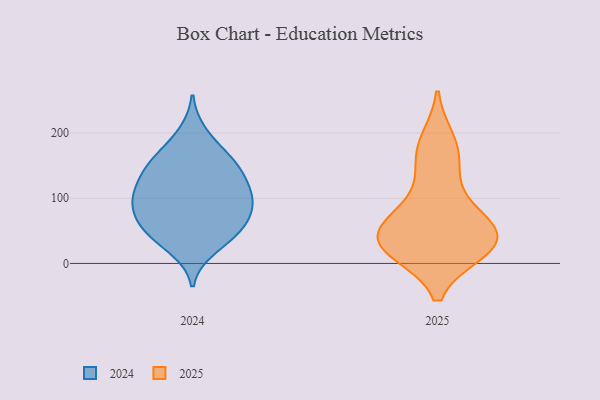
{"axis": {"x": "Conversion Rate (%)", "y": "Value"}, "legend": ["2024", "2025"], "data": [{"x": "", "y": 173, "type": "2024"}, {"x": "", "y": 99, "type": "2024"}, {"x": "", "y": 124, "type": "2024"}, {"x": "", "y": 146, "type": "2024"}, {"x": "", "y": 50, "type": "2024"}, {"x": "", "y": 153, "type": "2024"}, {"x": "", "y": 34, "type": "2024"}, {"x": "", "y": 54, "type": "2024"}, {"x": "", "y": 200, "type": "2024"}, {"x": "", "y": 83, "type": "2024"}, {"x": "", "y": 91, "type": "2024"}, {"x": "", "y": 93, "type": "2024"}, {"x": "", "y": 111, "type": "2024"}, {"x": "", "y": 138, "type": "2024"}, {"x": "", "y": 23, "type": "2024"}, {"x": "", "y": 155, "type": "2024"}, {"x": "", "y": 105, "type": "2024"}, {"x": "", "y": 61, "type": "2024"}, {"x": "", "y": 61, "type": "2024"}, {"x": "", "y": 146, "type": "2025"}, {"x": "", "y": 174, "type": "2025"}, {"x": "", "y": 103, "type": "2025"}, {"x": "", "y": 21, "type": "2025"}, {"x": "", "y": 27, "type": "2025"}, {"x": "", "y": 19, "type": "2025"}, {"x": "", "y": 64, "type": "2025"}, {"x": "", "y": 36, "type": "2025"}, {"x": "", "y": 20, "type": "2025"}, {"x": "", "y": 58, "type": "2025"}, {"x": "", "y": 54, "type": "2025"}, {"x": "", "y": 188, "type": "2025"}, {"x": "", "y": 49, "type": "2025"}]}